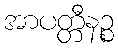
အာပတ္တီနဉ္စ